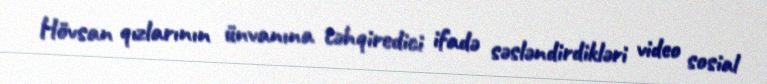
Hövsan qızlarının ünvanına təhqiredici ifadə səsləndirdikləri video sosial